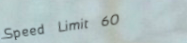
Speed Limit 60